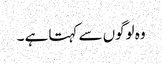
وہ لوگوں سے کہتا ہے ۔